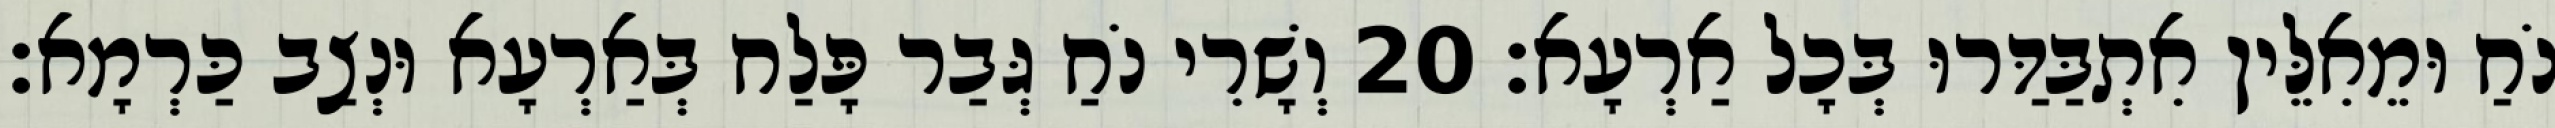
נֹחַ וּמֵאִלֵּין אִתְבַּדַּרוּ בְּכָל אַרְעָא׃ 20 וְשָׁרִי נֹחַ גְּבַר פָּלַח בְּאַרְעָא וּנְצַב כַּרְמָא׃